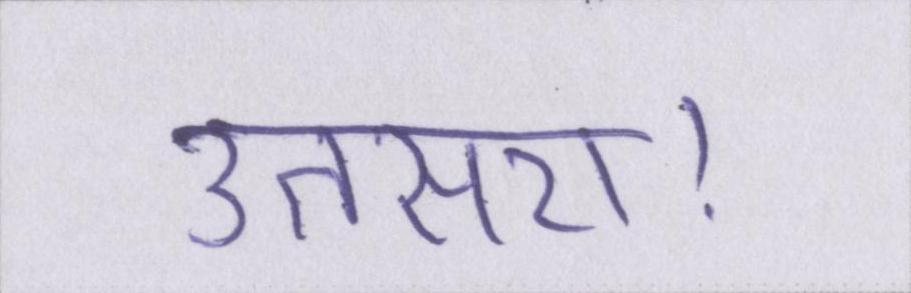
उतसरा।